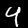
Digit: 4